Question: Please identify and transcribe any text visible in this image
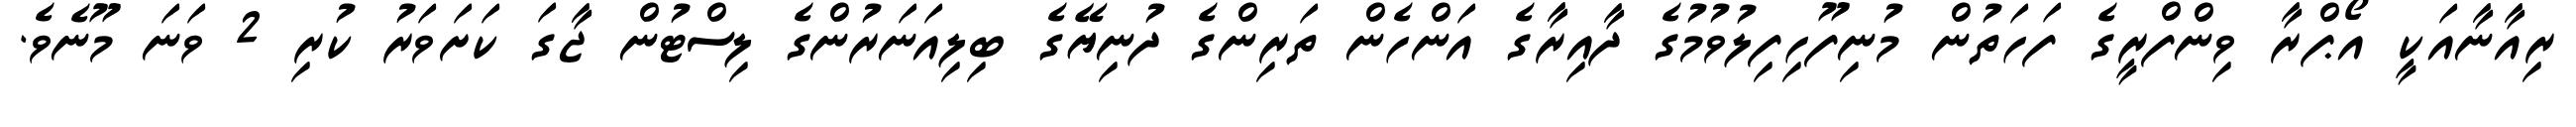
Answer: ރިއާނާއަކީ އޯޕްރާ ވިންފްރީގެ ފަހަތުން މުނިފޫހިފިލުވުމުގެ ދާއިރާގެ އަންހެން ތަރިންގެ ދުނިޔޭގެ ބިލިއަނަރުންގެ ލިސްޓުން ޖާގަ ކަށަވަރު ކުރި 2 ވަނަ މޫނެވެ.